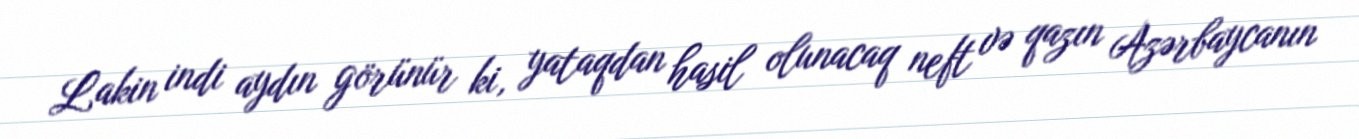
Lakin indi aydın görünür ki, yataqdan hasil olunacaq neft və qazın Azərbaycanın